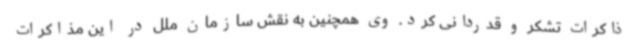
ذاکرات تشکر و قدردانی کرد. وی همچنین به نقش سازمان ملل در این مذاکرات